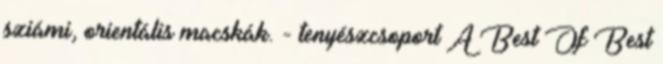
sziámi, orientális macskák. - tenyészcsoport A Best Of Best